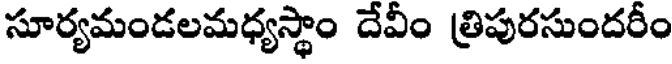
సూర్యమండలమధ్యస్థాం దేవీం త్రిపురసుందరీం